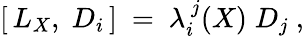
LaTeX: [\, L_{X},\; D_{i}\, ]\ =\ \lambda_{i}^{\ j}(X)\; D_{j}\ ,